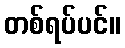
တစ်ရပ်ပင်။